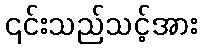
၎င်းသည်သင့်အား